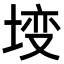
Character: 𡍣